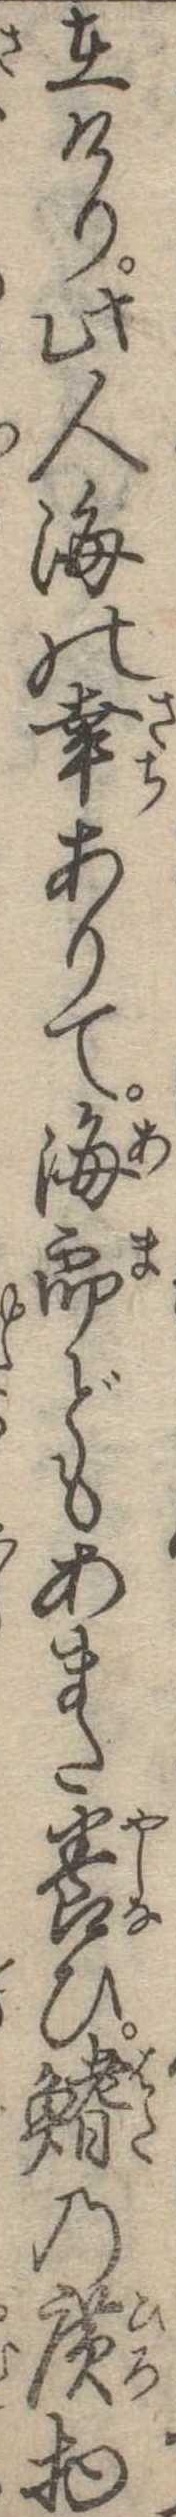
在けり此人海の幸ありて海郎どもあまた養ひ鰭の広物